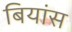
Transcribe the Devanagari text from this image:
बियांस